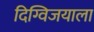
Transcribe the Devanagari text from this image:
दिग्विजयाला